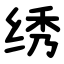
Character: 绣